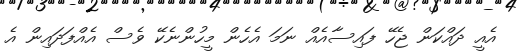
އެއީ ދައްކަން ޖެހޭ ފައިސާއެއް ނަމަ އެހެން މީހުންނެކޭ ވެސް އެއްފަދައިން އެ